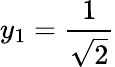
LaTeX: y_{1}=\frac{1}{\sqrt{2}}